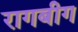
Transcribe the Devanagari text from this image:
रागबीग